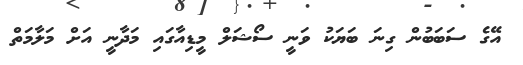
އޭގެ ސަބަބުން ގިނަ ބަޔަކު ވަނީ ސޯޝަލް މީޑިއާގައި މަދާނީ އަށް މަލާމަތް